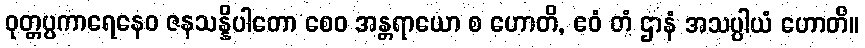
ဝုတ္တပ္ပကာရေနေဝ ဇနသန္နိပါတော စေဝ အန္တရာယော စ ဟောတိ, ဧဝံ တံ ဌာနံ အသပ္ပါယံ ဟောတိ။